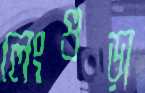
লেংগুড়া